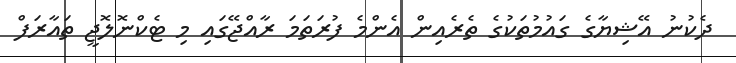
ދެކުނު އޭޝިޔާގެ ގައުމުތަކުގެ ތެރެއިން އެންމެ ފުރަތަމަ ރާއްޖޭގައި މި ޓެކްނޮލޮޖީ ތައާރަފް